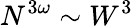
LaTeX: N^{3\omega}\sim W^{3}